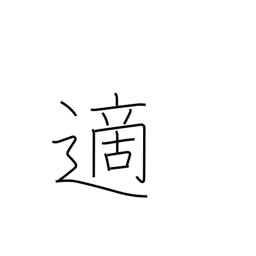
Meaning: occasional